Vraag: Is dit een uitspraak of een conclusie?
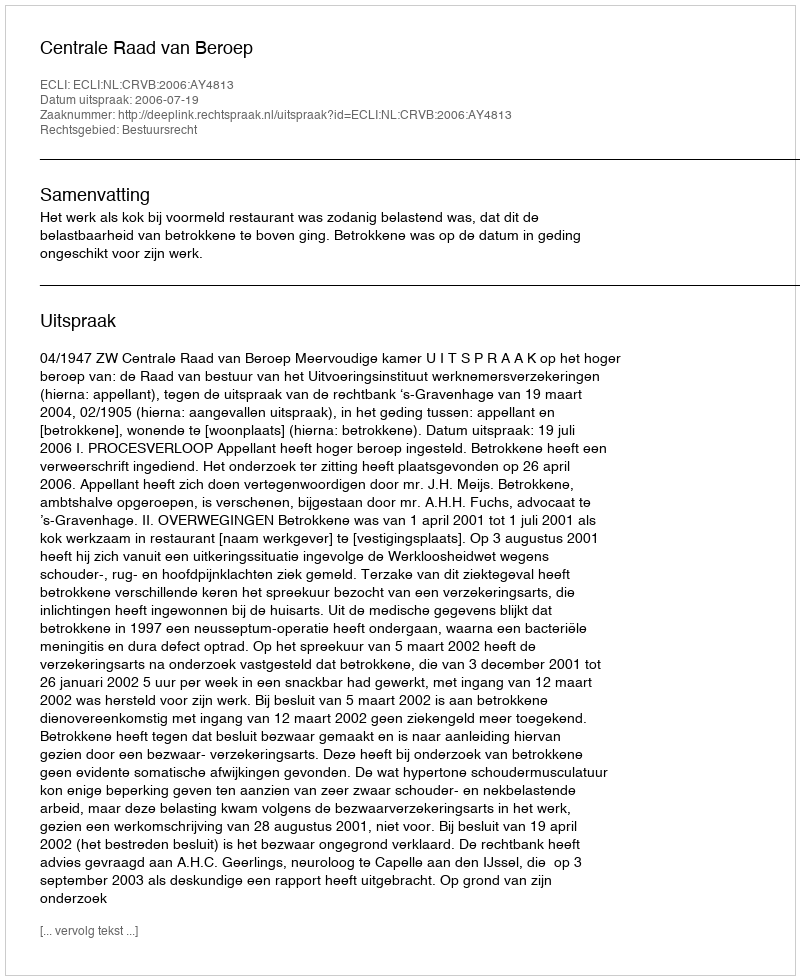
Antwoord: Uitspraak